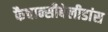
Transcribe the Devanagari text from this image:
फैचान्सीबेलीडांस